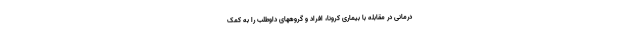
درمانی در مقابله با بیماری کرونا، افراد و گروههای داوطلب را به کمک